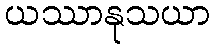
ယဿာနုသယာ